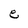
Character: e